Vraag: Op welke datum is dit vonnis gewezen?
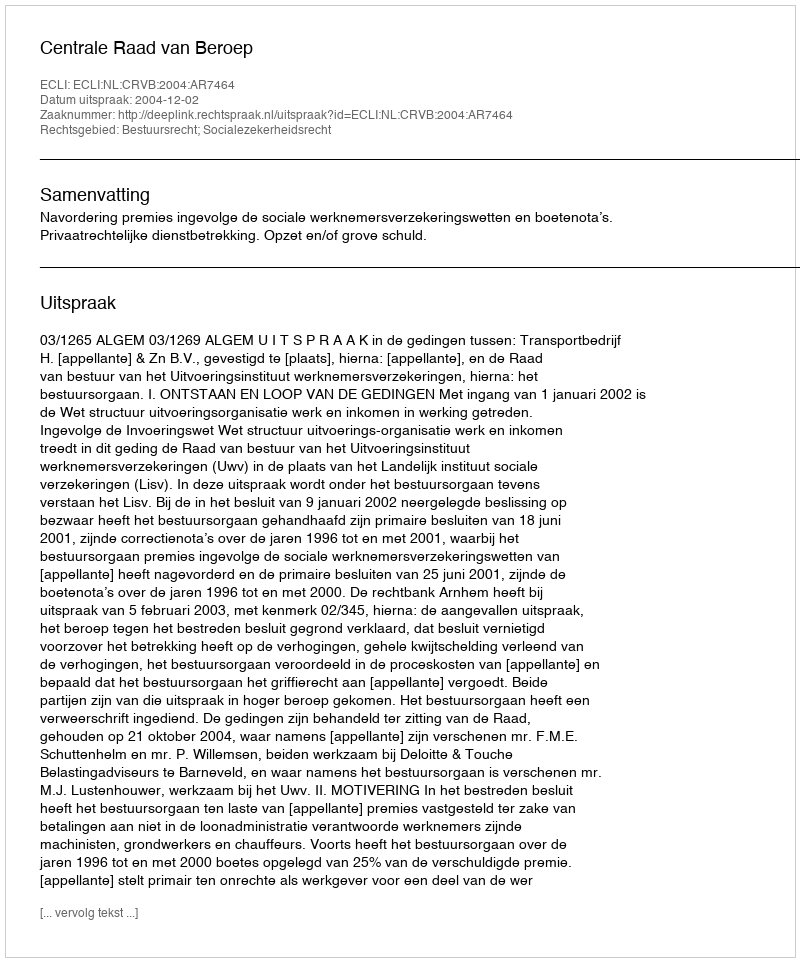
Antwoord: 2004-12-02